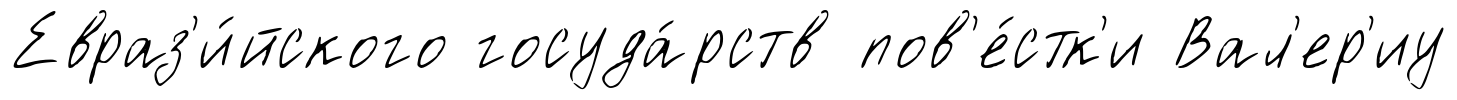
Евраз'и́йского госуда́рств пов'е́стк'и Вал'ер'иу